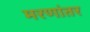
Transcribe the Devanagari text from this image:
मरणांतर